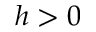
h > 0